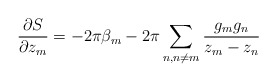
\begin{align*}\frac{\partial S}{\partial z_m} = -2\pi \beta_m - 2\pi\sum_{n,n\neq m} \frac{g_m g_n}{z_m-z_n}\end{align*}